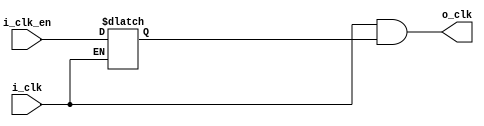
module gck(
input i_clk,
input i_clk_en,

output o_clk
);

reg latch;
always @(i_clk or i_clk_en)begin
    if(!i_clk)
        latch <= i_clk_en;
end

assign o_clk = i_clk & latch;

endmodule